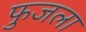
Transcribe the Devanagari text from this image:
फुजला